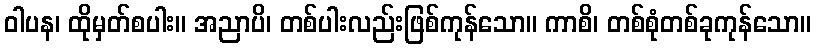
ဝါပန၊ ထိုမှတ်စပါး။ အညာပိ၊ တစ်ပါးလည်းဖြစ်ကုန်သော။ ကာစိ၊ တစ်စုံတစ်ခုကုန်သော။